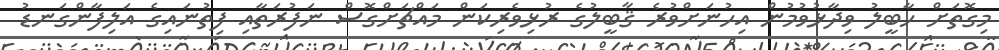
މިގޮތަށް ހާބީލު ވިދާޅުވުމުން އިހުނަށްވުރެ ޤާބީލުގެ ރުޅިވެރިކަން މައްޗަށްގޮސް ނަފުރަތާއި ފިތުނައިގެ އަލިފާންގަނޑު